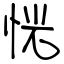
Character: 恍